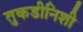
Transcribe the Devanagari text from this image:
तुकडीनिशी